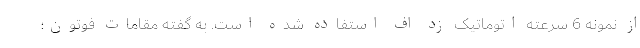
از نمونه 6 سرعته اتوماتیک زد اف استفاده شده است. به گفته مقامات فوتون؛